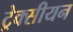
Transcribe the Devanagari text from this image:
ट्रेक्सीयन